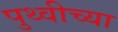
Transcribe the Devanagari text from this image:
पुथ्वीच्या